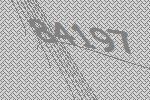
84197